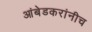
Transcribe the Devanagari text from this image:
आंबेडकरांनीच